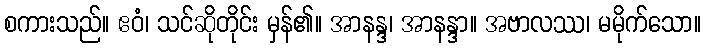
စကားသည်။ ဧဝံ၊ သင်ဆိုတိုင်း မှန်၏။ အာနန္ဒ၊ အာနန္ဒာ။ အဗာလဿ၊ မမိုက်သော။